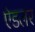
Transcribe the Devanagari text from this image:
ऐडलर